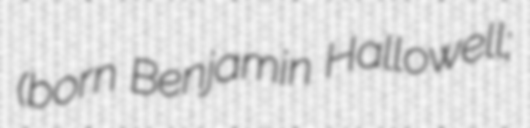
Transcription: (born Benjamin Hallowell;